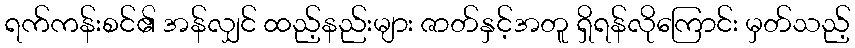
ရက်ကန်းစင်၏ အန်လျှင် ထည့်နည်းများ ဇာတ်နှင့်အတူ ရှိရန်လိုကြောင်း မှတ်သည့်